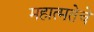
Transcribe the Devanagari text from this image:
महात्मतेचे